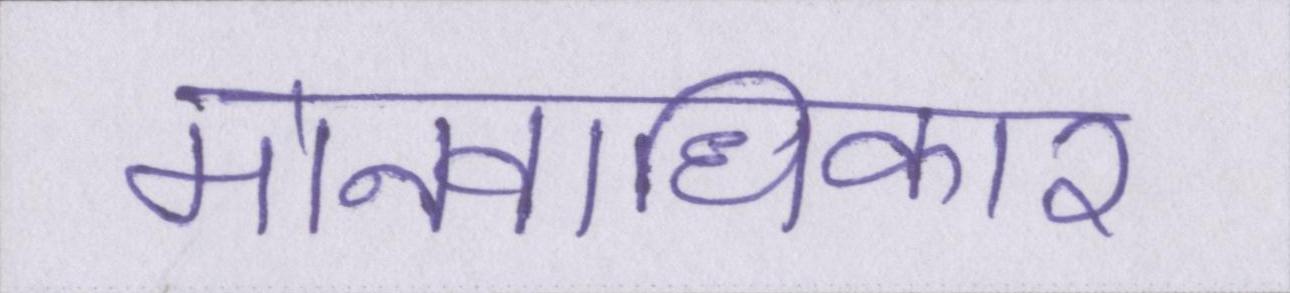
मानवाधिकार